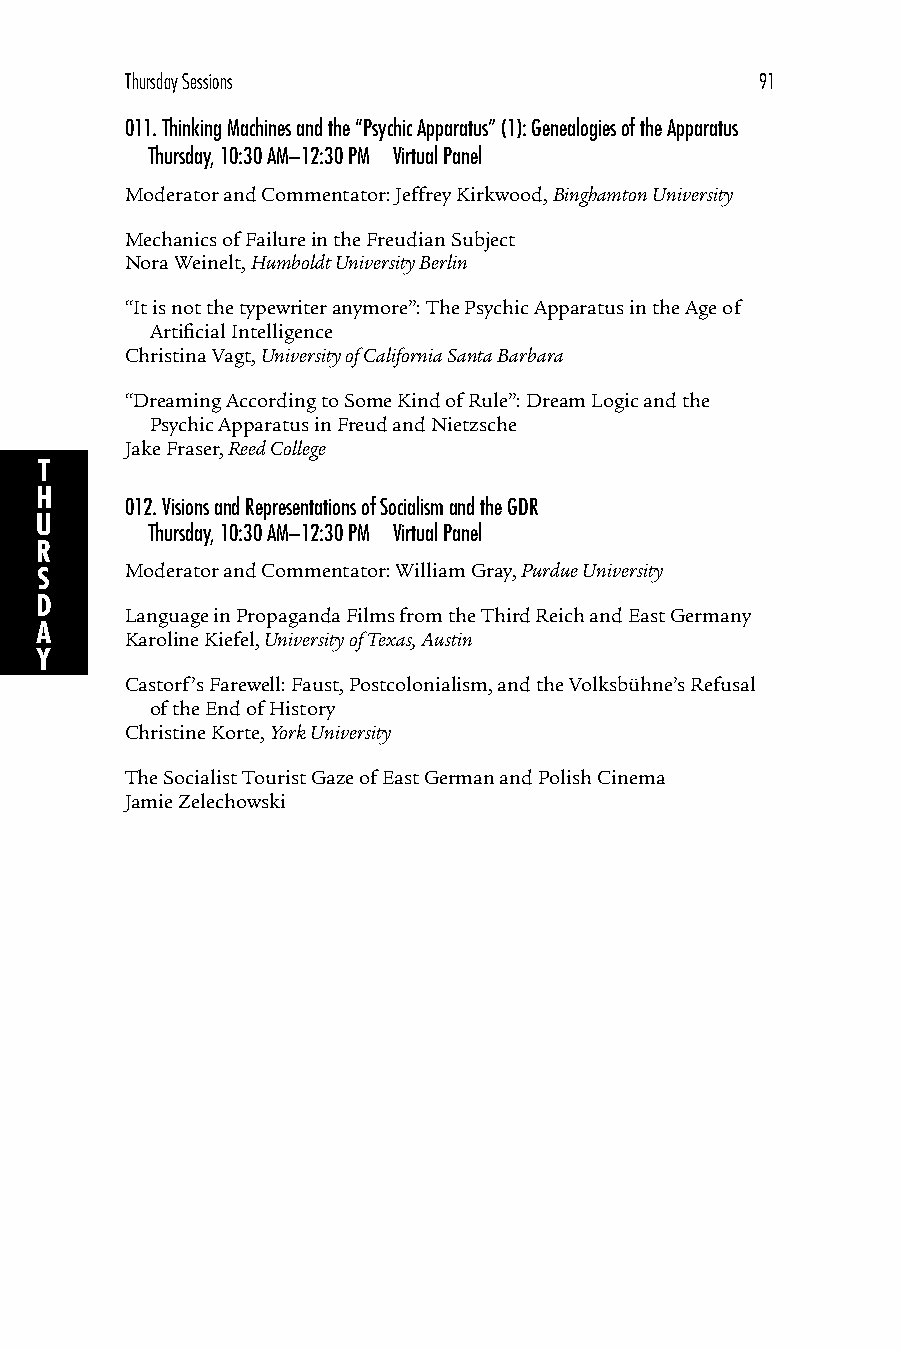
Thursday Sessions                         91
 011. Thinking Machines and the “Psychic Apparatus” (1): Genealogies of the Apparatus
 Thursday, 10:30 AM–12:30 PM Virtual Panel
 Moderator and Commentator: Jeffrey Kirkwood, Binghamton University
 Mechanics of Failure in the Freudian Subject
 Nora Weinelt, Humboldt University Berlin
 “It is not the typewriter anymore”: The Psychic Apparatus in the Age of
 Artificial Intelligence
 Christina Vagt, University of California Santa Barbara
 “Dreaming According to Some Kind of Rule”: Dream Logic and the
 Psychic Apparatus in Freud and Nietzsche
 Jake Fraser, Reed College
 T
 H
 012. Visions and Representations of Socialism and the GDR
 U
 Thursday, 10:30 AM–12:30 PM Virtual Panel
 R
 S     Moderator and Commentator: William Gray, Purdue University
 D
 Language in Propaganda Films from the Third Reich and East Germany
 A
 Karoline Kiefel, University of Texas, Austin
 Y
 Castorf’s Farewell: Faust, Postcolonialism, and the Volksbühne’s Refusal
 of the End of History
 Christine Korte, York University
 The Socialist Tourist Gaze of East German and Polish Cinema
 Jamie Zelechowski